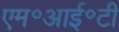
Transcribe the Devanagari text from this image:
एम॰आई॰टी